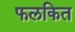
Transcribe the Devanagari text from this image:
फलकित